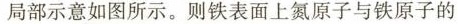
局部示意如图所示，则铁表面上氮原子与铁原子的